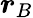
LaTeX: \boldsymbol{r}_{B}